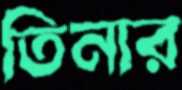
তিনার